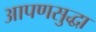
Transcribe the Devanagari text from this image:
आपणसुद्धा